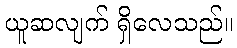
ယူဆလျက် ရှိလေသည်။